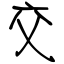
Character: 交